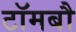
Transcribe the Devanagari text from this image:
टॉमबौ